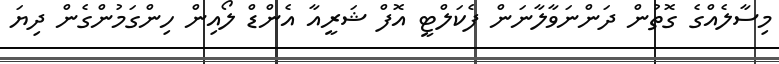
މިސާލެއްގެ ގޮތުން ދަންނަވާލާނަން ފެކަލްޓީ އޮފް ޝަރީއާ އެންޑް ލޯއިން ހިންގަމުންގެން ދިޔަ